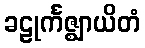
ခဠုင်္ကဇ္ဈာယိတံ